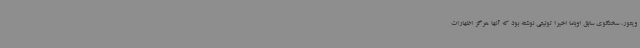
ویتور، سخنگوی سابق اوباما اخیرا توئیتی نوشته بود که آنها هرگز اظهارات